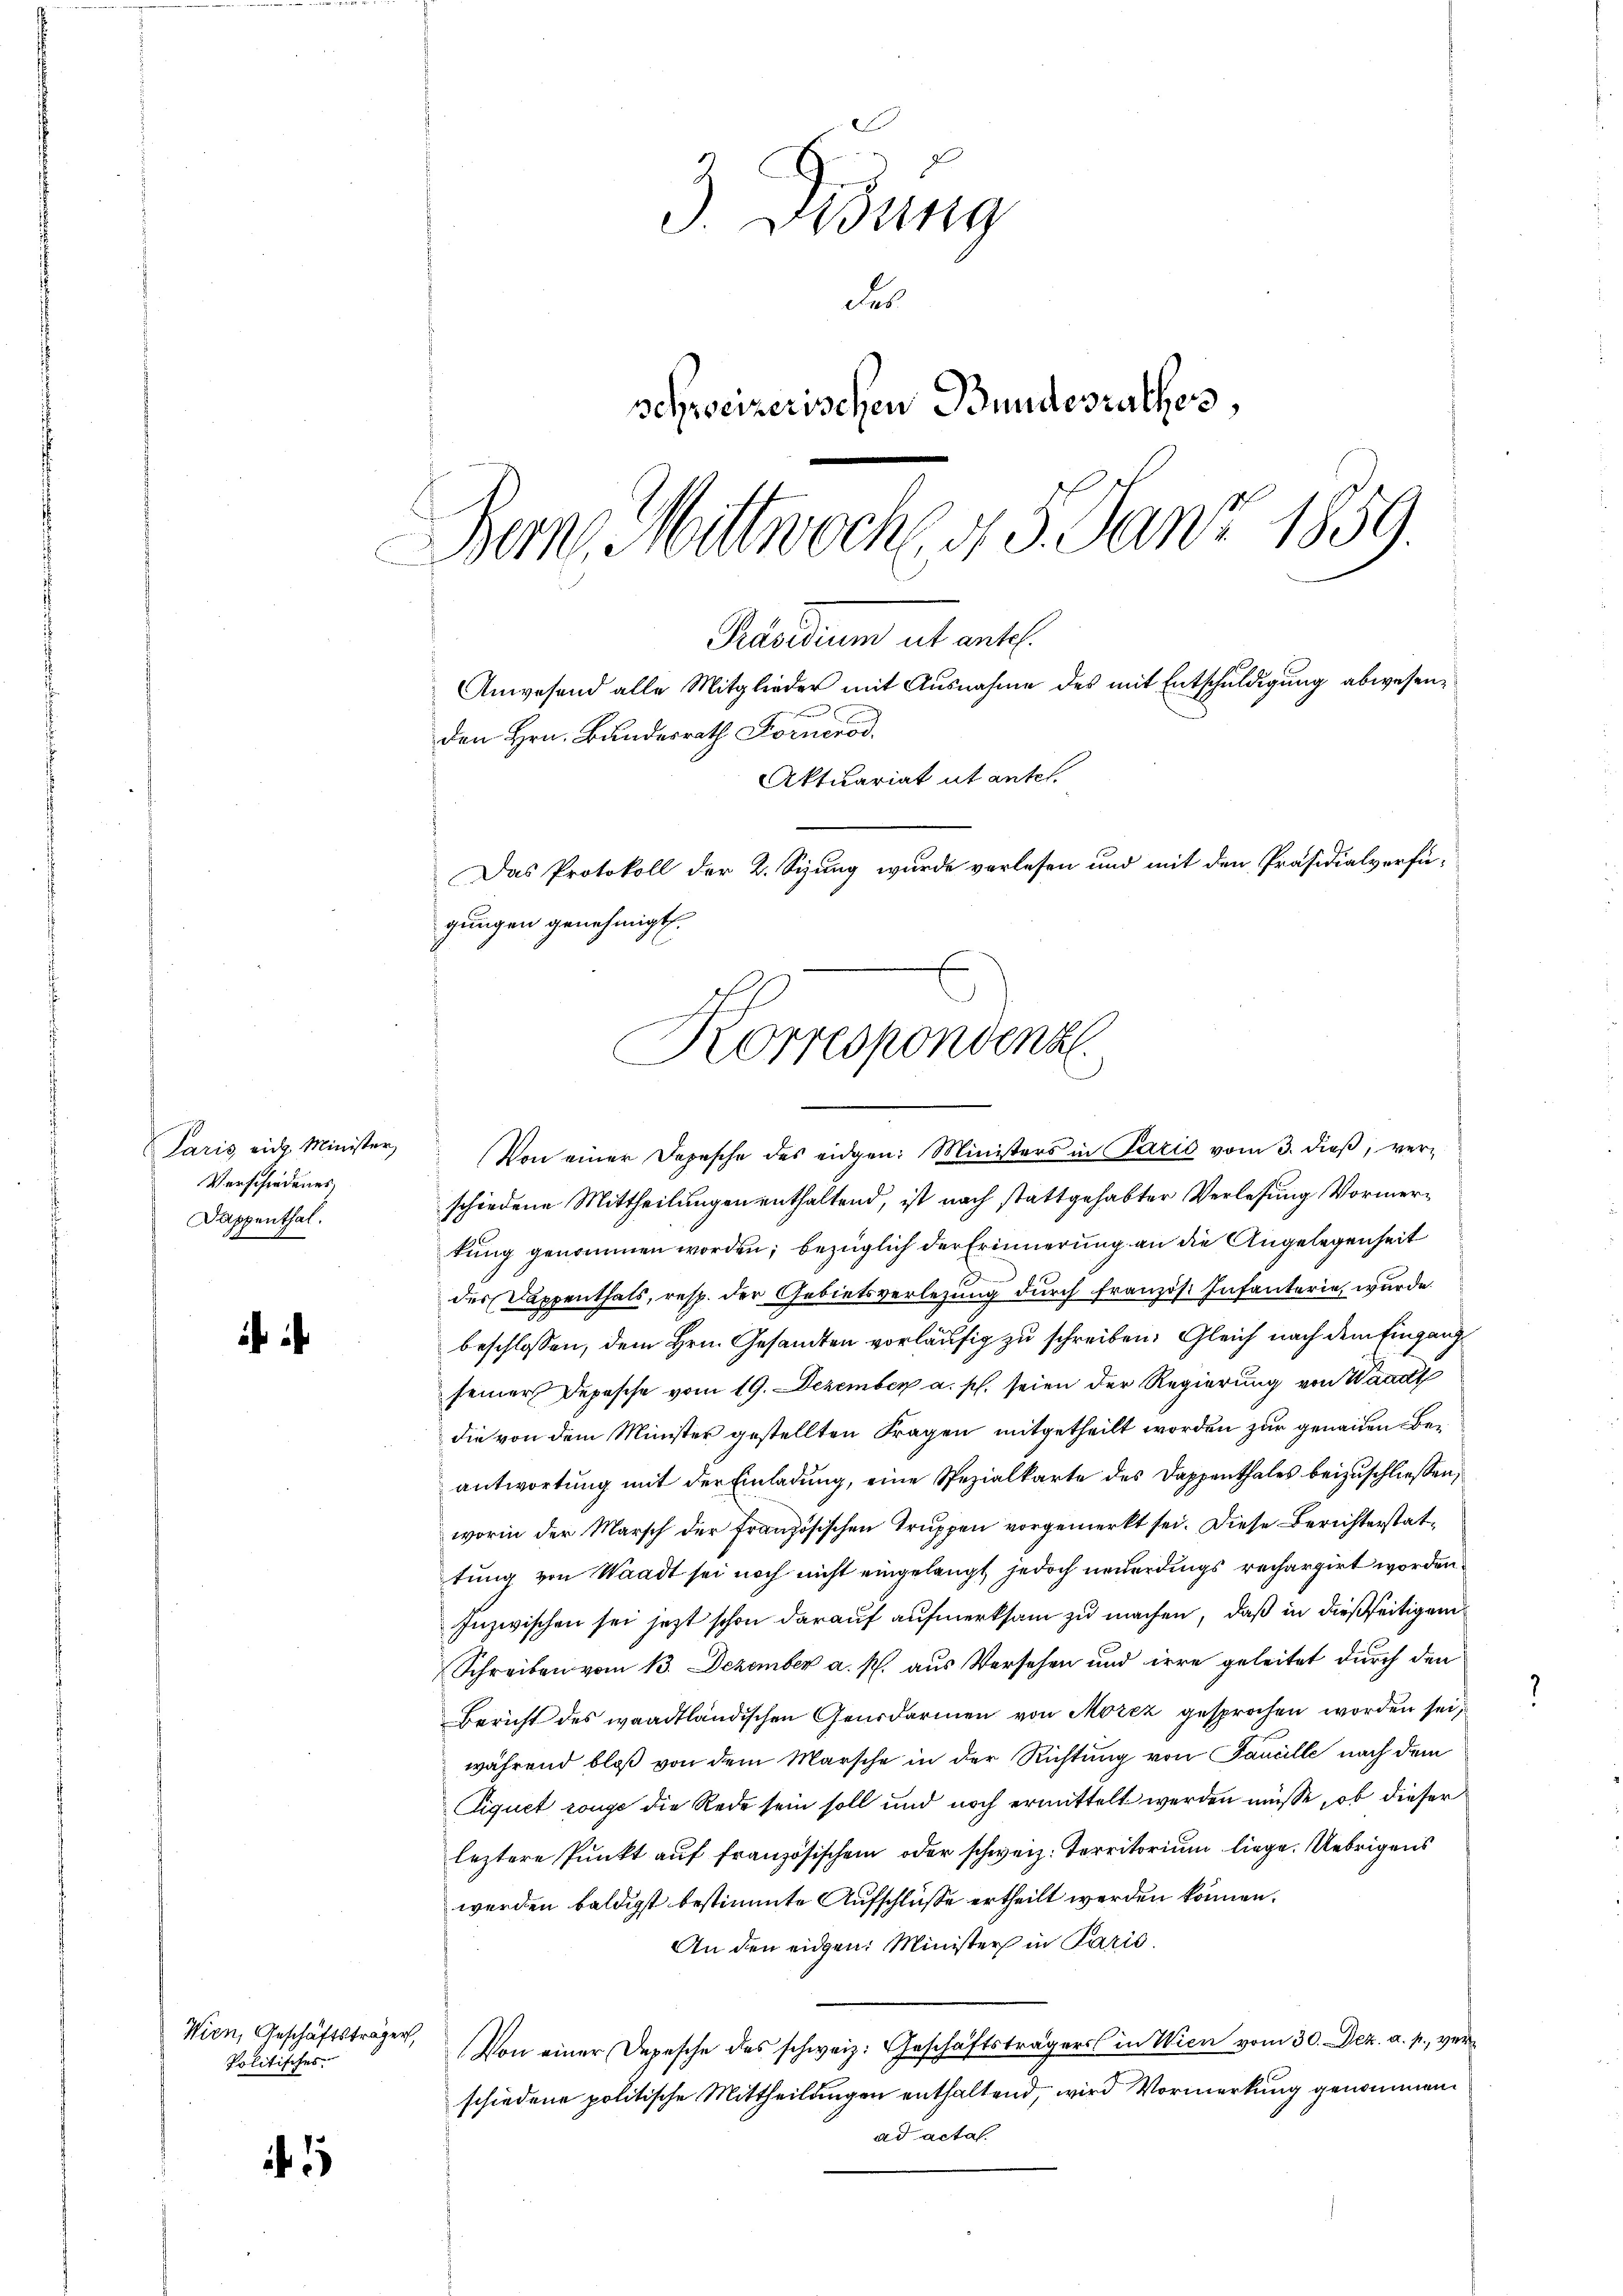
Paris eidg. Minister,
Verschiedenes.
Dappenthal.
2

Wien, Geschäftsträger,
Politisches

i

3 Didung
des
schweizerischen Bundesrathes,
Bern Mittwochen 5. Janz 1859.
Präsidium ut entl.
Anwesend alle Mitglieder mit Ausnahme des mit Entschuldigung abwesenden Hrn. Bundesrath Fornero
Aktuariat ut antel.
Das Protokoll der 2. Sizung wurde verlesen und mit den Präsidialverfü¬

gungen genehmigt.
Korrespondenz

Von einer Dopesche des eidgen: Ministers in Pazić vom 3. dieß, verschiedene Mittheilungen enthaltend, ist nach stattgehabter Verlesung Vormertung genommen worden; bezüglich der Erinnerung an die Angelegenheit
des Dappenthals, resp. der Gebietsverlegung durch französ. Infanterie, wurde.
beschlossen, dem Hrn. Gesandten vorläufig zu schreiben. Gleich nach dem Eingangseiner Depesche vom 19. Dezember a. p. seien der Regierung von Waadt
die von dem Minister gestellten Fragen mitgetheilt worden zur genauen Beantwortung mit der Einladung, eine Spezialkarte des Dappenthales beizuschliessen,
worin der Marsch der Französischen Truppen vorgemerkt sei. Diese Berichterstattung von Waadt sei noch nicht eingelangt jedoch neuerdings rechargirt worden.
Inzwischen sei jetzt schon darauf aufmerksam zu machen, daß in dießseitigen
Schreiben vom 13. Dezember a. p. aus Versehen und irre geleitet durch den
Bericht des waadtländischen Gensdarmen von Morez gesprochen worden sei,
während bloß von dem Marsche in der Richtung von Sancille nach dem
Siquet range die Rede sein soll und noch ermittelt werden müsse, ob dieser
leztere Pŭnkt aŭf französischen oder schweiz. Territorium liege. Uebrigens
werden baldigst bestimmte Aufschlüße ertheilt werden können.
An den eidgen: Minister in Paris.
Von einer Depesche des schweiz. Geschäftsträgers in Wien vom 30. Dez. a. p., verschiedene politische Mittheilungen enthaltend, wird Vormerkung genommen.
ad acta.